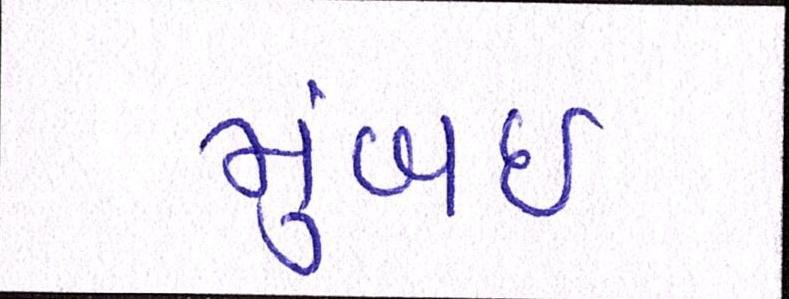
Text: મુંબઈઃ